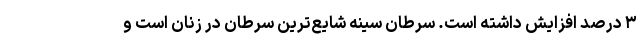
۳ درصد افزایش داشته است. سرطان سینه شایع‌ترین سرطان در زنان است و